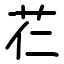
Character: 芢